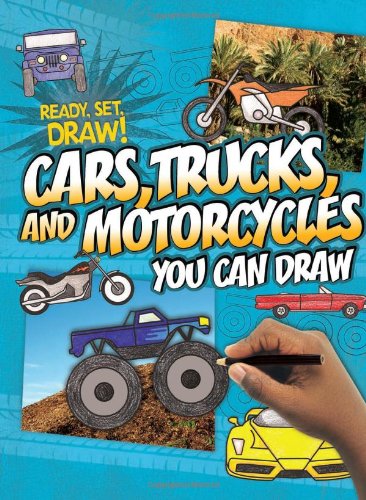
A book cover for Cars, Trucks, and Motorcycles You Can Draw (Ready, Set, Draw!); Nicole Brecke; Children's Books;